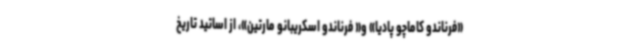
«فرناندو کاماچو پادیا» و« فرناندو اسکریبانو مارتین»، از اساتید تاریخ